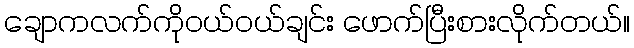
ချောကလက်ကိုဝယ်ဝယ်ချင်း ဖောက်ပြီးစားလိုက်တယ်။